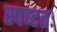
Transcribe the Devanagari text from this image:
स्पष्‍टतः